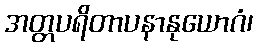
အတ္တပရိတာပနာနုယောဂံ၊